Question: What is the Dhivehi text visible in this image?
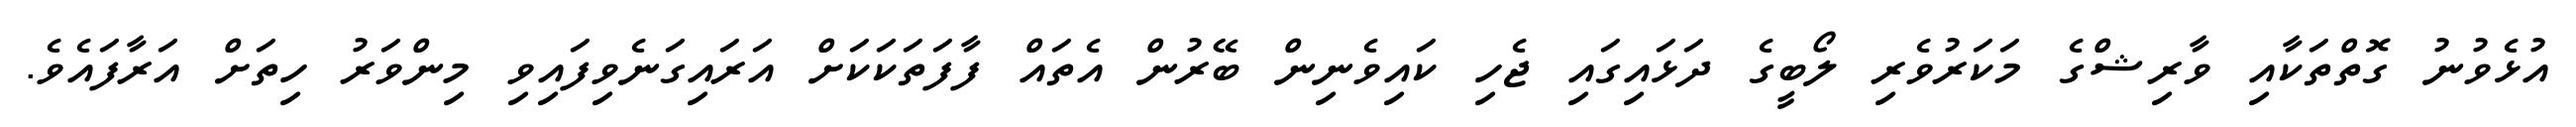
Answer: އުޅެވުނު ގޮތްތަކާއި ވާރިޝްގެ މަކަރުވެރި ލޯބީގެ ދަޅައިގައި ޖެހި ކައިވެނިން ބޭރުން އެތައް ފާފަތަކަކަށް އަރައިގަނެވިފައިވި މިންވަރު ހިތަށް އަރާފައެވެ.